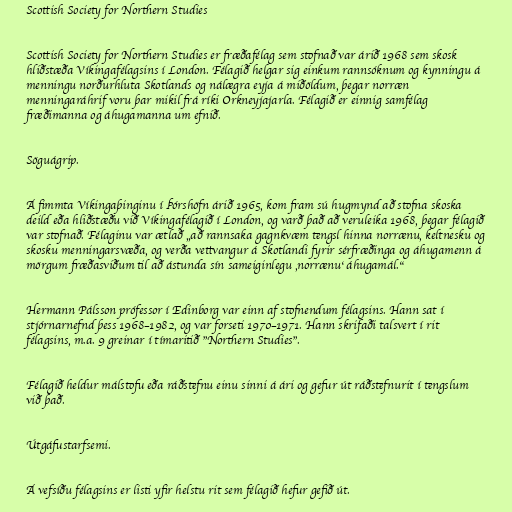
Scottish Society for Northern Studies

Scottish Society for Northern Studies er fræðafélag sem stofnað var árið 1968 sem skosk
hliðstæða Víkingafélagsins í London. Félagið helgar sig einkum rannsóknum og kynningu á
menningu norðurhluta Skotlands og nálægra eyja á miðöldum, þegar norræn
menningaráhrif voru þar mikil frá ríki Orkneyjajarla. Félagið er einnig samfélag
fræðimanna og áhugamanna um efnið.

Söguágrip.

Á fimmta Víkingaþinginu í Þórshöfn árið 1965, kom fram sú hugmynd að stofna skoska
deild eða hliðstæðu við Víkingafélagið í London, og varð það að veruleika 1968, þegar félagið
var stofnað. Félaginu var ætlað „að rannsaka gagnkvæm tengsl hinna norrænu, keltnesku og
skosku menningarsvæða, og verða vettvangur á Skotlandi fyrir sérfræðinga og áhugamenn á
mörgum fræðasviðum til að ástunda sín sameiginlegu ‚norrænu‘ áhugamál.“

Hermann Pálsson prófessor í Edinborg var einn af stofnendum félagsins. Hann sat í
stjórnarnefnd þess 1968–1982, og var forseti 1970–1971. Hann skrifaði talsvert í rit
félagsins, m.a. 9 greinar í tímaritið "Northern Studies".

Félagið heldur málstofu eða ráðstefnu einu sinni á ári og gefur út ráðstefnurit í tengslum
við það.

Útgáfustarfsemi.

Á vefsíðu félagsins er listi yfir helstu rit sem félagið hefur gefið út.